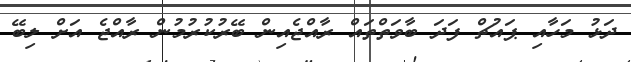
ދަޅު މަހާއި ޕައުޗް ފަދަ ބާވަތްތައް ރާއްޖެއިން ބޭރުކުރުމުން ރާއްޖެ އަށް ލިބޭ